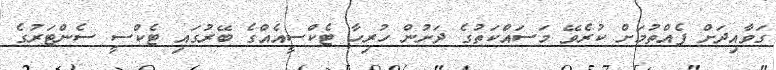
ގަވާއިދަށް ފެއްތުމަށް ކުރެވޭ މަސައްކަތުގެ ދަށުން ހުރިހާ ޓެކްސީއެއްގެ ބޭރުގައި ޓެކްސީ ސެންޓަރުގެ